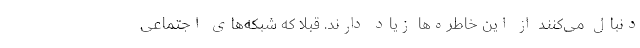
دنبال می‌کنند از این خاطره‌ها زیاد دارند. قبلاً که شبکه‌های اجتماعی